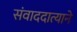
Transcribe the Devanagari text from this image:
संवाददात्याने